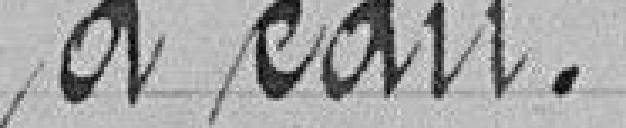
d'eau.